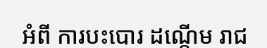
អំពី ការបះបោរ ដណ្តើម រាជ